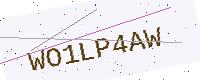
Text: WO1LP4AW